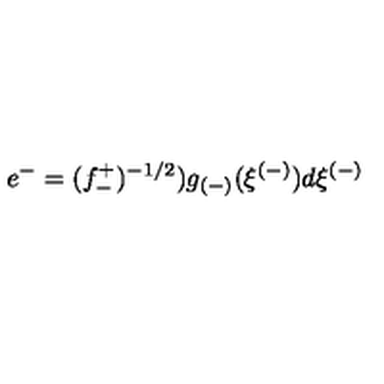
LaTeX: e ^ { - } = ( f _ { - } ^ { + } ) ^ { - 1 / 2 } ) g _ { ( - ) } ( \xi ^ { ( - ) } ) d \xi ^ { ( - ) }